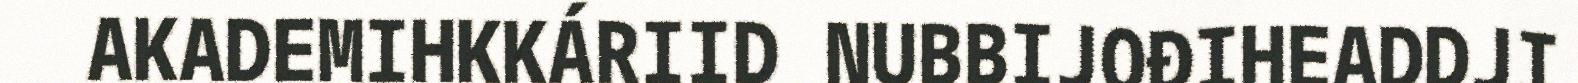
AKADEMIHKKÁRIID NUBBIJOĐIHEADDJI